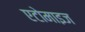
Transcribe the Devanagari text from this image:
एटोमाइज